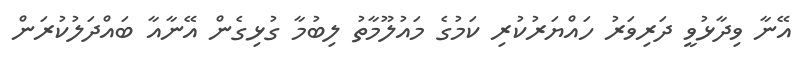
އޭނާ ވިދާޅުވީ ދަރިވަރު ހައްޔަރުކުރި ކަމުގެ މައުލޫމާތު ލިބުމާ ގުޅިގެން އޭނާއާ ބައްދަލުކުރަން